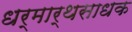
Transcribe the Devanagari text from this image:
धर्मार्थसाधक